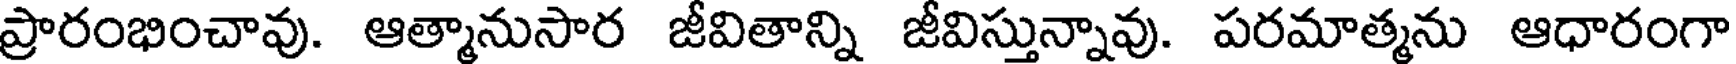
ప్రారంభించావు. ఆత్మానుసార జీవితాన్ని జీవిస్తున్నావు. పరమాత్మను ఆధారంగా